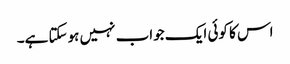
اس کا کوئی ایک جواب نہیں ہوسکتا ہے۔